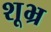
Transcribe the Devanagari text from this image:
शूभ्र